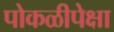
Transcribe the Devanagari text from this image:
पोकळीपेक्षा